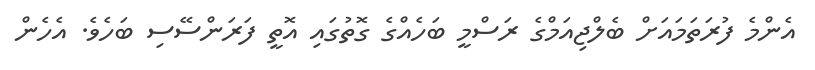
އެންމެ ފުރަތަމައަށް ބެލްޖިއަމްގެ ރަސްމީ ބަހެއްގެ ގޮތުގައި އޮތީ ފަރަންސޭސި ބަހެވެ. އެހެން